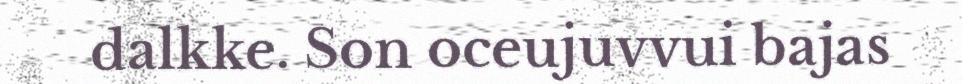
dalkke. Son oceujuvvui bajas